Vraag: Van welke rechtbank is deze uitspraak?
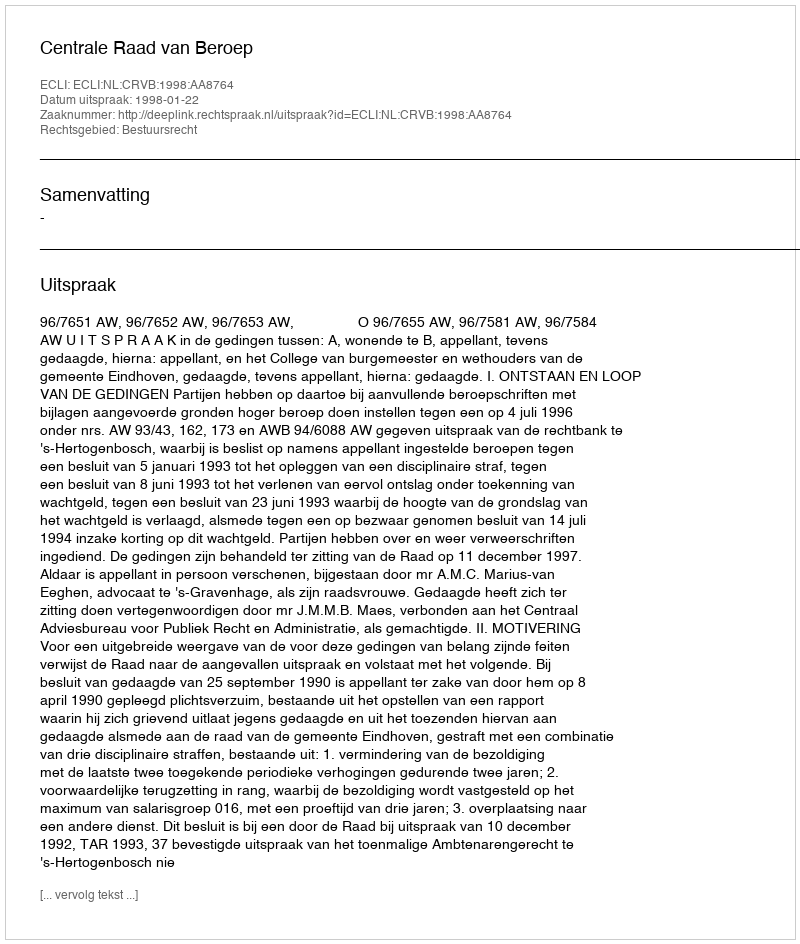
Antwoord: Centrale Raad van Beroep